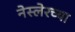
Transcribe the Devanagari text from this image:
नेस्लेरच्या